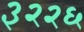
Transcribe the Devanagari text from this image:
३२२६